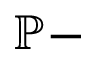
\mathbb { P } -